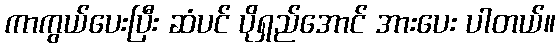
ကာကွယ်ပေးပြီး ဆံပင် ပိုရှည်အောင် အားပေး ပါတယ်။